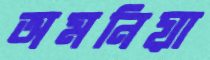
অমনিয়া